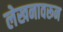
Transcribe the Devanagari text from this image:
लेखनावरून